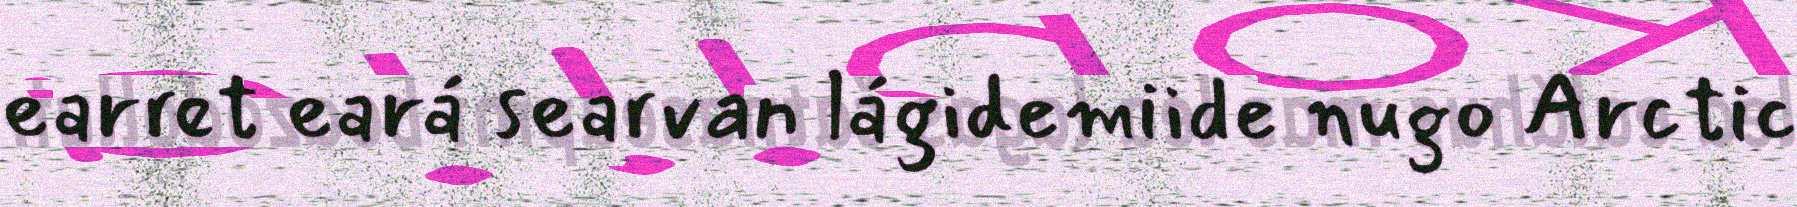
earret eará searvan lágidemiide nugo Arctic